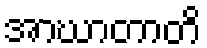
အာဃာတာတိ